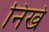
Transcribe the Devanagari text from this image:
निखे